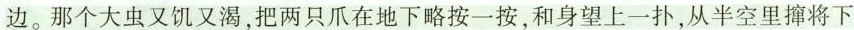
边。那个大虫又饥又渴，把两只爪在地下略按一按，和身望上一扑，从半空里撺将下